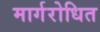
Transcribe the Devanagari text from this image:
मार्गरोधित